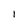
Character: I